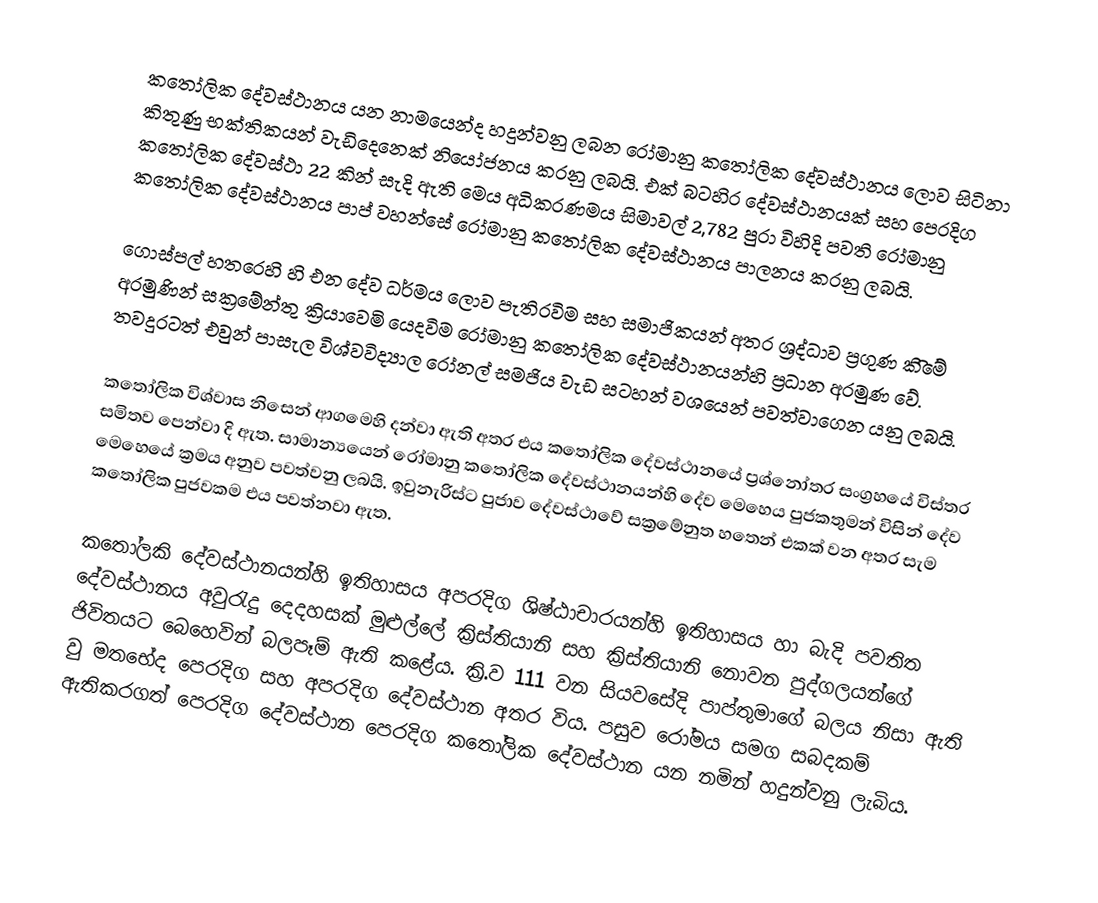
කතෝලික දේවස්ථානය යන නාමයෙන්ද හදුන්වනු ලබන රෝමානු කතෝලික දේවස්ථානය ලොව සිටිනා  කිතුණු භක්තිකයන් වැඩිදෙනෙක් නියෝජනය කරනු ලබයි. එක් බටහිර දේවස්ථානයක් සහ පෙරදිග කතෝලික දේවස්ථා 22 කින් සැදි ඇති මෙය අධිකරණමය සිමාවල් 2,782 පුරා විහිදි පවති ‍රෝමානු කතෝලික දේවස්ථානය පාප් වහන්සේ රෝමානු කතෝලික දේවස්ථානය පාලනය කරනු ලබයි.

ගොස්පල් හතරෙහි හි එන දේව ධර්මය ලොව පැතිරවිම සහ සමාජිකයන් අතර ශ්‍රද්ධාව ප්‍රගුණ කිිමේ අරමුණින් සක්‍රමේන්තු ක්‍රියාවෙමි යෙදවිම රෝමානු කතෝලික දේවස්ථානයන්හි ප්‍රධාන අරමුණ වේ. තවදුරටත් එවුන් පාසැල විශ්වවිද්‍යාල රෝනල් සමජිය වැඩ සටහන් වශයෙන් පවත්වාගෙන යනු ලබයි.

කතෝලික විශ්වාස නිසෙන් ආගමෙහි දන්වා ඇති අතර එය කතෝලික දේවස්ථානයේ ප්‍රශ්නෝතර සංග්‍රහයේ විස්තර සමිතව පෙන්වා දි ඇත. සාමාන්‍යයෙන් රෝමානු කතෝලික  දේවස්ථානයන්හි දේව මෙහෙය පුජකතුමන් විසින් දේව මෙහෙයේ ක්‍රමය අනුව පවත්වනු ලබයි. ඉවුනැරිස්ට පුජාව දේවස්ථාවේ සක්‍රමේනුත හතෙන් එකක් වන අතර සැම කතෝලික පුජවකම එය පවත්නවා ඇත.

කතෝලකි දේවස්ථානයන්හි ඉතිහාසය අපරදිග ශිෂ්ඨාචාරයන්හි ඉතිහාසය හා බැදි පවතිත දේවස්ථානය අවුරැදු දෙදහසක් මුළුල්ලේ ක්‍රිස්තියානි සහ ක්‍රිස්තියානි නොවන පුද්ගලයන්ගේ ජිවිතයට බෙහෙවින් බලපෑම් ඇති කළේය. ක්‍රි.ව 111 වන සියවසේදි පාප්තුමාගේ බලය නිසා ඇති වු මතභේද  පෙරදිග සහ අපරදිග දේවස්ථාන අතර විය. පසුව රෝමය සමග සබදකම් ඇතිකරගත් පෙරදිග දේවස්ථාන පෙරදිග කතෝලික දේවස්ථාන යන නමින් හදුන්වනු ලැබිය.